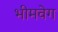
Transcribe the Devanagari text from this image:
भीमवेग